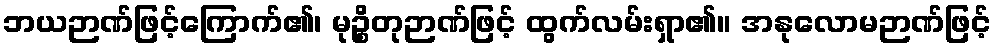
ဘယဉာဏ်ဖြင့်ကြောက်၏၊ မုဉ္စိတုဉာဏ်ဖြင့် ထွက်လမ်းရှာ၏။ အနုလောမဉာဏ်ဖြင့်